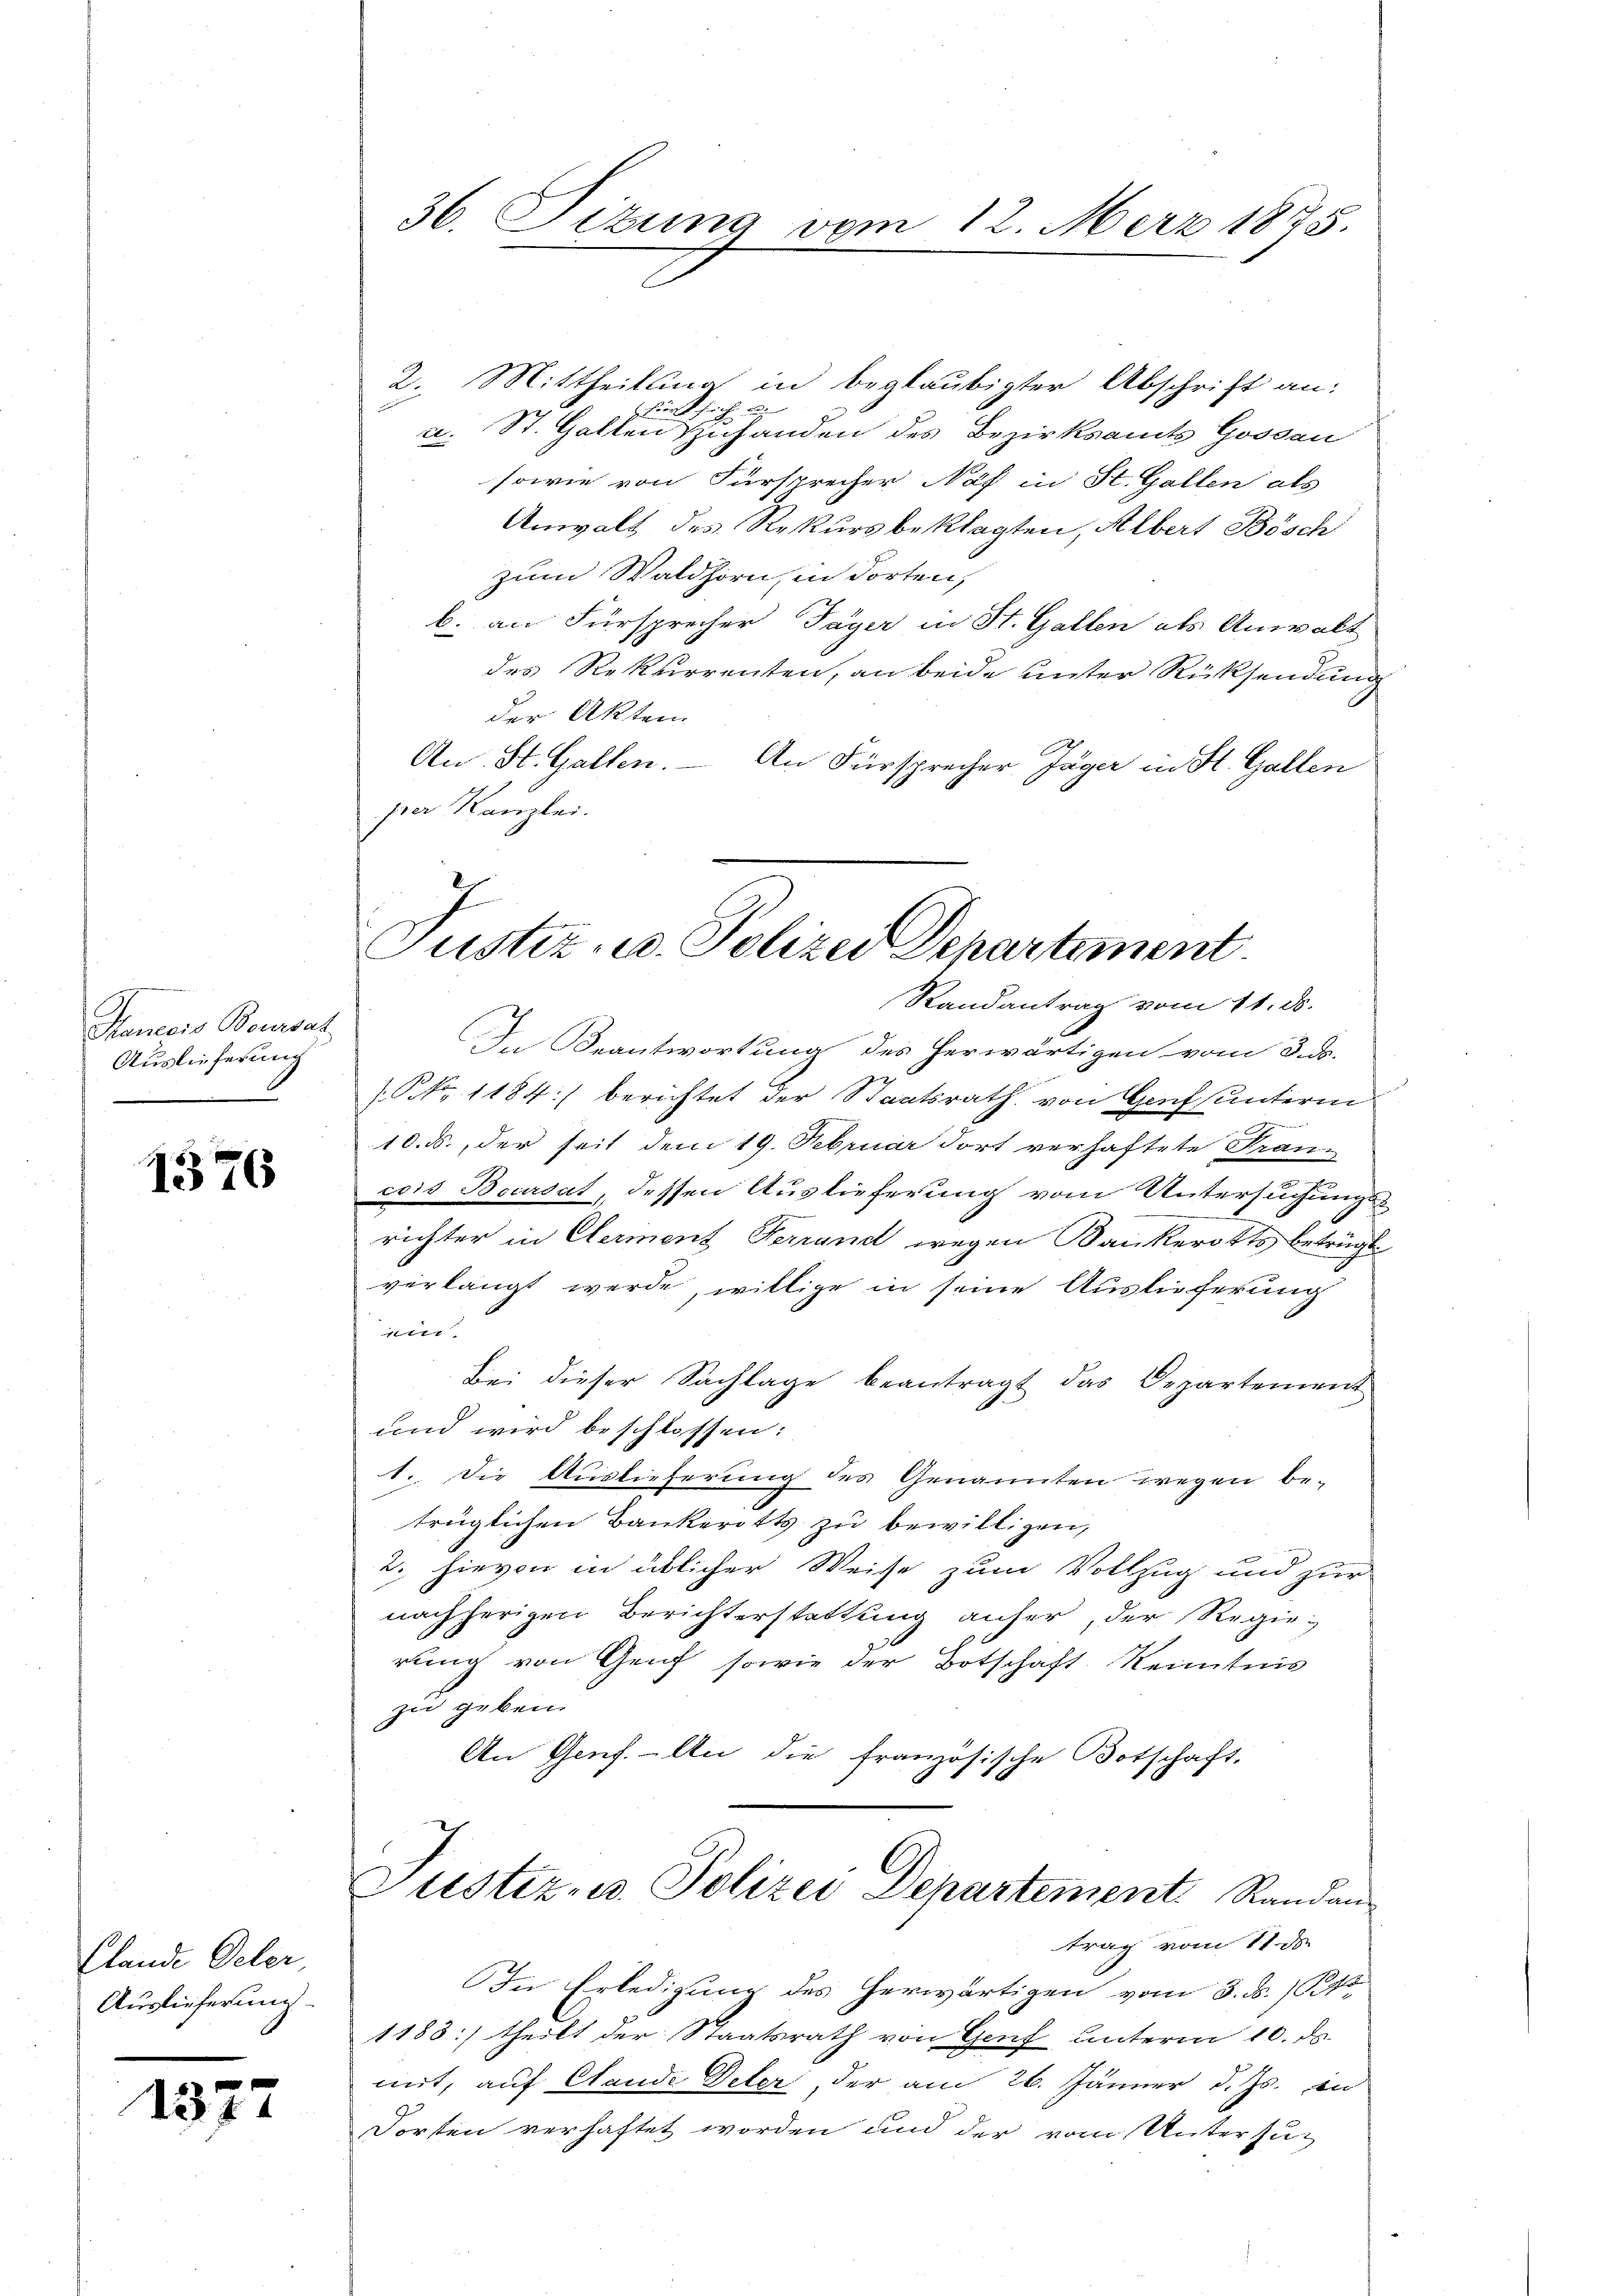
Mancis Boursat
Auslieferung

1376

Clande Oeler
Auslieferung

1377

36. Sitzung vom 12. Merz 1875.

2. Mittheilung in beglaubigter Abschrift an:
fürt sich u.
u. St. Galten Zuhanden des Bezirksamts Gossen
sowie von Fürsprecher Näf in St. Gallen als
Anwalt des Rekursbeklagten, Albert Bösch
zum Waldhorn, in dorten,
b. an Fürsprecher Täger in St. Gallen als Anwalt
des Rekurrenten, an beide unter Rücksendung
der Akten
E
An St. Gallen. – An Fürsprecher Jäger in St. Gallen
per Kanzlei.
Randantrag vom 11. ds.
In Beantwortung des herwärtigen vom 3. ds.
/. P. Nr. 1184:/ berichtet der Staatsrath von Genf unterm
10. ds., der Zeit dem 19. Februar dort verhaftete Francois Beurdat, dessen Auslieferung vom Untersuchungs-
richter in Elerment Ferrand wegen Bankerotts betrügt
verlangt werde, willige in seine Auslieferung
itttt
Bei dieser Sachlage beantragt das Departement
und wird beschlossen:
1. Die Auslieferung des Genannten wegen be-
trüglichen Bankerotts zu bewilligen,
2. hievon in üblicher Weise zum Vollzug und zur
nachherigen Berichterstattung anfer, der Regierung von Genf sowie der Botschaft Kenntnis
zu geben.
An Genf. - An die französische Botschaft,
Justiz- u. Polizei Departement Randan
trag vom 11. ds.
In Erledigung des herwärtigen vom 3. d. 1 Pkt.
1183) theilt der Staatsrath von Genf unterm 10. ds.
mit, auf Stande Deter, der am 26. Jänner d. Js. in
Forsten verhaftet worden und der vom Untersu¬

7
Justiz u. Polizei Departement.